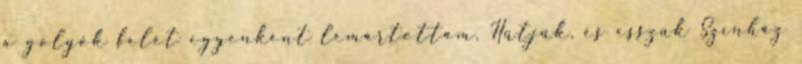
a golyók felét egyenként lemártottam. Hűtjük, és esszük Színház